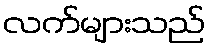
လက်များသည်